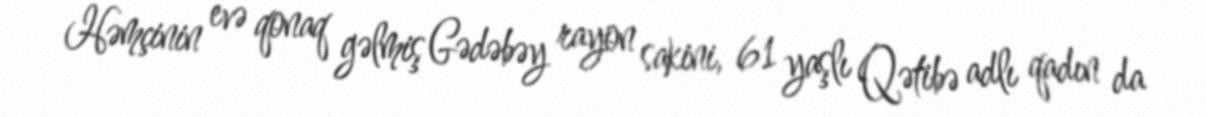
Həmçinin evə qonaq gəlmiş Gədəbəy rayon sakini, 61 yaşlı Qətibə adlı qadın da